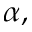
\alpha ,